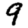
Digit: 9